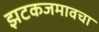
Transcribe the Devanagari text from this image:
झटकजमावचा